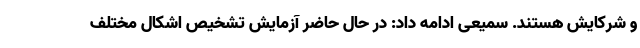
و شرکایش هستند. سمیعی ادامه داد: در حال حاضر آزمایش تشخیص اشکال مختلف